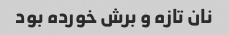
نان تازه و برش خورده بود